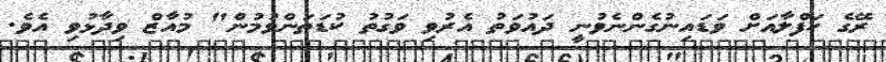
ރޭގެ ހަފްލާއަށް ވަޑައިނުގެންނެވުނީ ދައުވަތު އެރުވި ވަގުތު ކުޑަތަންވުމުން" މުއާޒް ވިދާޅުވި އެވެ.